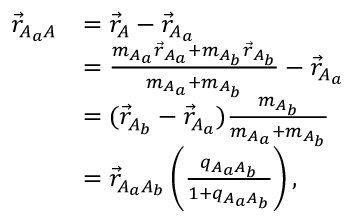
\begin{array} { r l } { \vec { r } _ { A _ { a } A } } & { = \vec { r } _ { A } - \vec { r } _ { A _ { a } } } \\ & { = \frac { m _ { A _ { a } } \vec { r } _ { A _ { a } } + m _ { A _ { b } } \vec { r } _ { A _ { b } } } { m _ { A _ { a } } + m _ { A _ { b } } } - \vec { r } _ { A _ { a } } } \\ & { = ( \vec { r } _ { A _ { b } } - \vec { r } _ { A _ { a } } ) \frac { m _ { A _ { b } } } { m _ { A _ { a } } + m _ { A _ { b } } } } \\ & { = \vec { r } _ { A _ { a } A _ { b } } \left( \frac { q _ { A _ { a } A _ { b } } } { 1 + q _ { A _ { a } A _ { b } } } \right) , } \end{array}